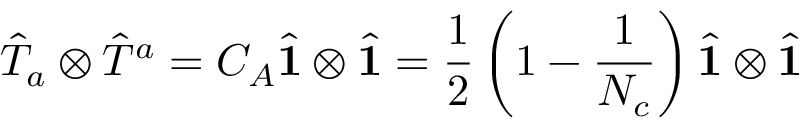
\hat { T } _ { a } \otimes \hat { T } ^ { a } = C _ { A } \hat { \bf 1 } \otimes \hat { \bf 1 } = \frac 1 2 \left( 1 - \frac { 1 } { N _ { c } } \right) \hat { \bf 1 } \otimes \hat { \bf 1 } \;